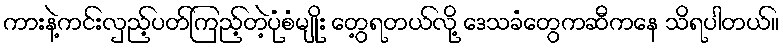
ကားနဲ့ကင်းလှည့်ပတ်ကြည့်တဲ့ပုံစံမျိုး တွေ့ရတယ်လို့ ဒေသခံတွေကဆီကနေ သိရပါတယ်။